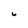
Character: 6